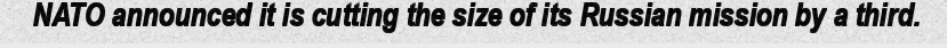
NATO announced it is cutting the size of its Russian mission by a third.